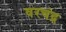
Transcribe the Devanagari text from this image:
वरचंद्र